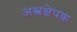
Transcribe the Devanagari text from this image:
अस्त्रक्षेपक